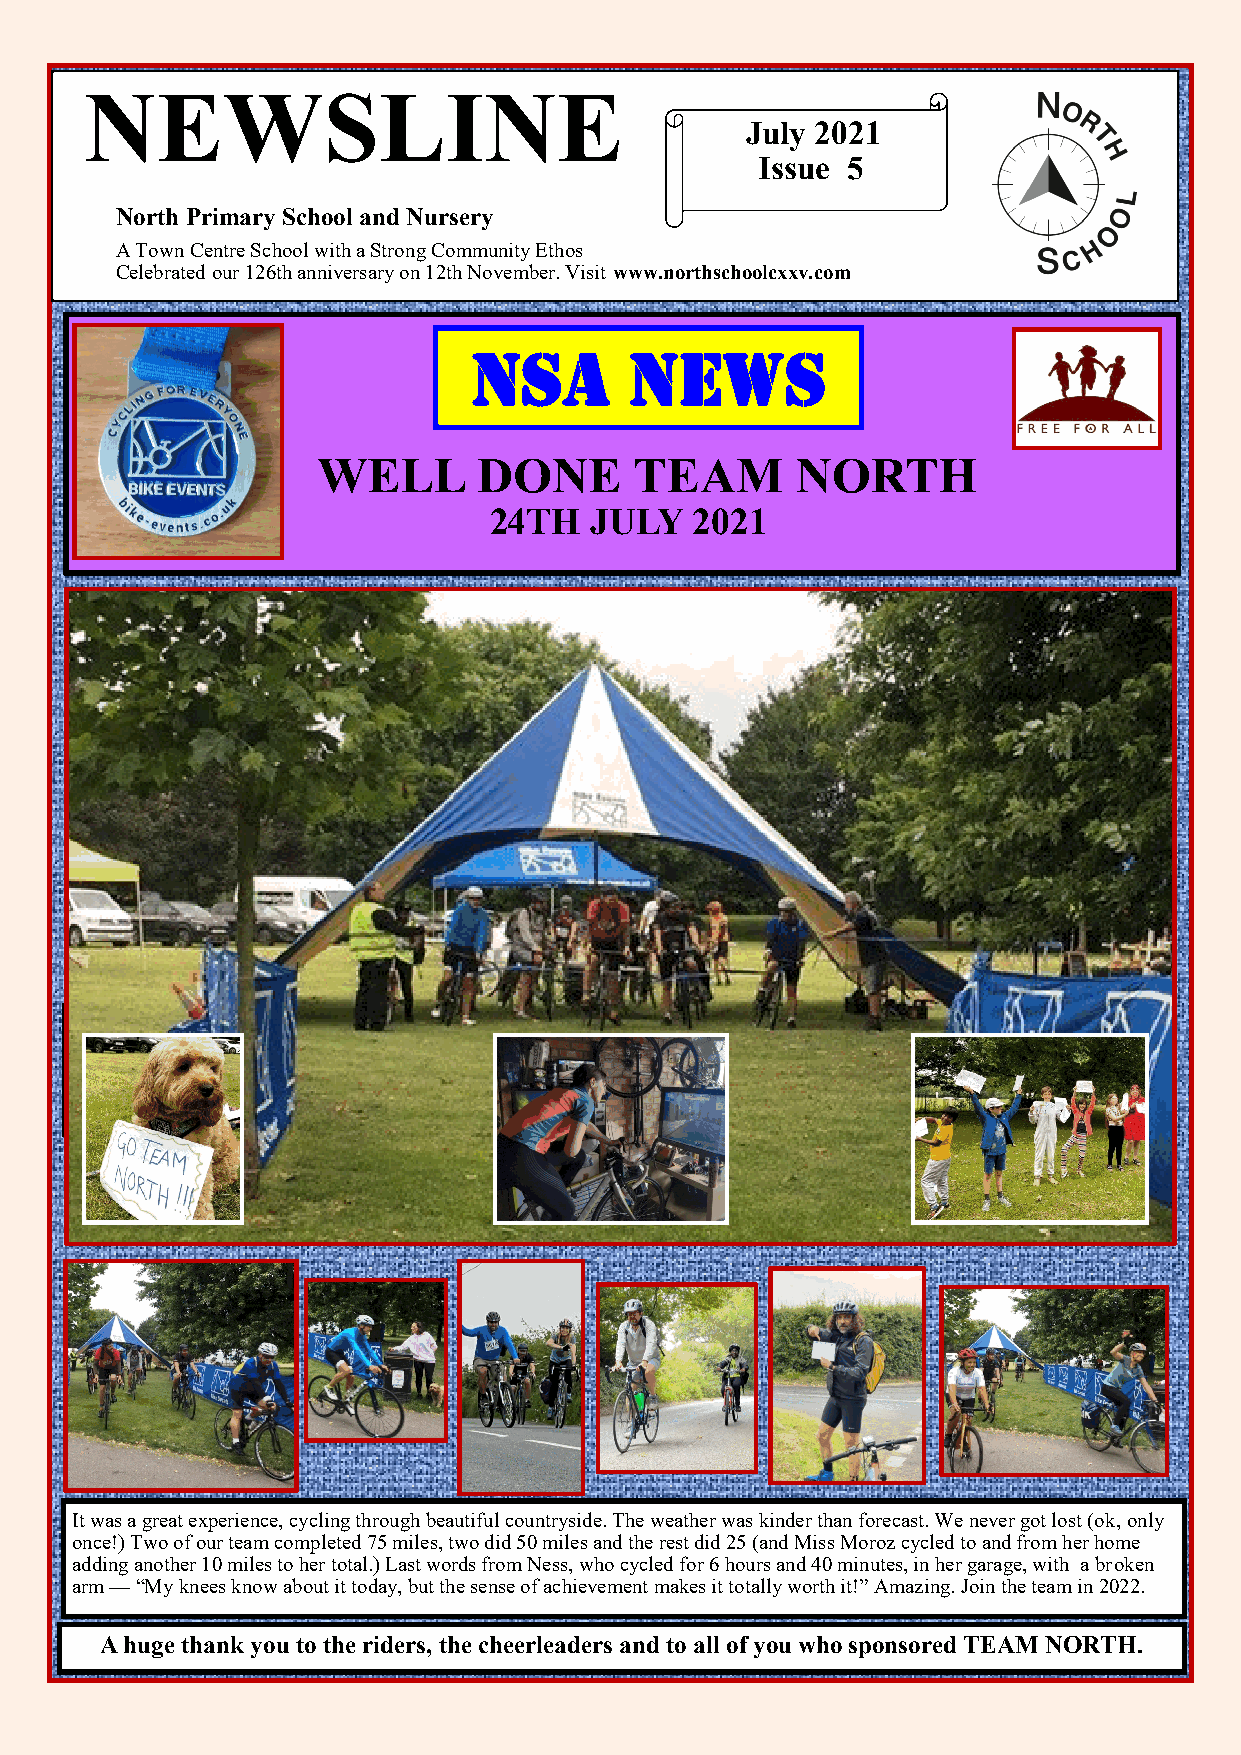
.
 NEWSLINE
 July 2021
 Issue 5
 North Primary School and Nursery
 A Town Centre School with a Strong Community Ethos
 Celebrated our 126th anniversary on 12th November. Visit www.northschoolcxxv.com
 NSA        News
 WELL       DONE      TEAM       NORTH
 24TH   JULY   2021
 It was a great experience, cycling through beautiful countryside. The weather was kinder than forecast. We never got lost (ok, only
 once!) Two of our team completed 75 miles, two did 50 miles and the rest did 25 (and Miss Moroz cycled to and from her home
 adding another 10 miles to her total.) Last words from Ness, who cycled for 6 hours and 40 minutes, in her garage, with a broken
 arm — “My knees know about it today, but the sense of achievement makes it totally worth it!” Amazing. Join the team in 2022.
 A huge thank you to the riders, the cheerleaders and to all of you who sponsored TEAM NORTH.